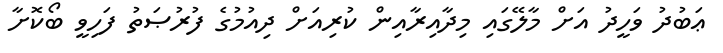
ޢަބުދު ވަހީދު އަށް މާލޭގައި މިދާއިރާއިން ކުރިއަށް ދިއުމުގެ ފުރުޞަތު ފަހިވީ ބޯކޮށާ